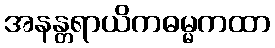
အနန္တရာယိကဓမ္မကထာ